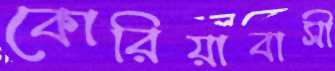
কোরিয়াবাসী